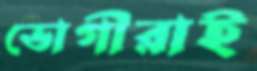
ভোগীরাই